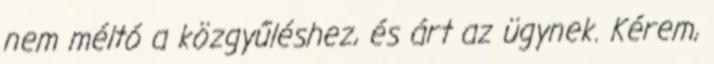
nem méltó a közgyűléshez, és árt az ügynek. Kérem,